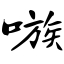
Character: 嗾